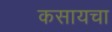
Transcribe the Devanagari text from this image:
कसायचा